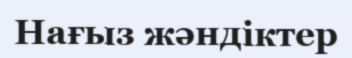
Нағыз жәндіктер